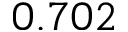
0 . 7 0 2